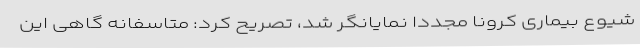
شیوع بیماری کرونا مجددا نمایانگر شد، تصریح کرد: متاسفانه گاهی این